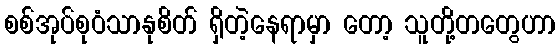
စစ်အုပ်စုဝံသာနုစိတ် ရှိတဲ့နေရာမှာ တော့ သူတို့တတွေဟာ